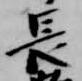
長